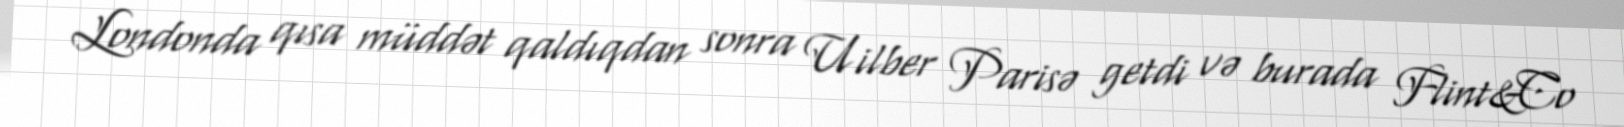
Londonda qısa müddət qaldıqdan sonra Uilber Parisə getdi və burada Flint&Co